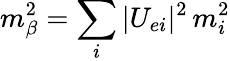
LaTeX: m_{\beta}^{2}=\sum_{i}|U_{ei}|^{2}\, m_{i}^{2}